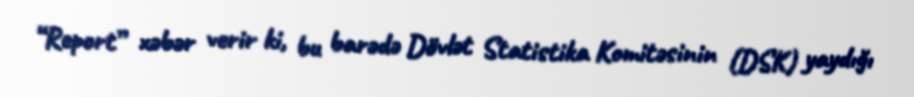
“Report” xəbər verir ki, bu barədə Dövlət Statistika Komitəsinin (DSK) yaydığı